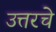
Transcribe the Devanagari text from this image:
उत्तरचे